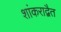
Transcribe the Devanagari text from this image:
शांकराद्वैत